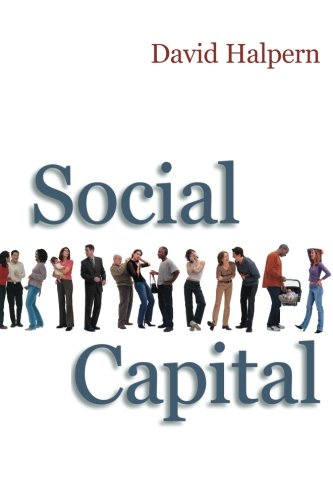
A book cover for Social Capital; David Halpern; Politics & Social Sciences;